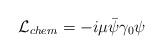
LaTeX: \begin{align*}{\cal L}_{chem} = -i \mu \bar \psi \gamma_0 \psi\end{align*}